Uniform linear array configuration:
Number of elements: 16
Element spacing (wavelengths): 0.75
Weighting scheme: exponential
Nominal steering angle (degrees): -45
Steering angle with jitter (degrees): -45.643
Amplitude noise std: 0.05
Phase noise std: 0.05

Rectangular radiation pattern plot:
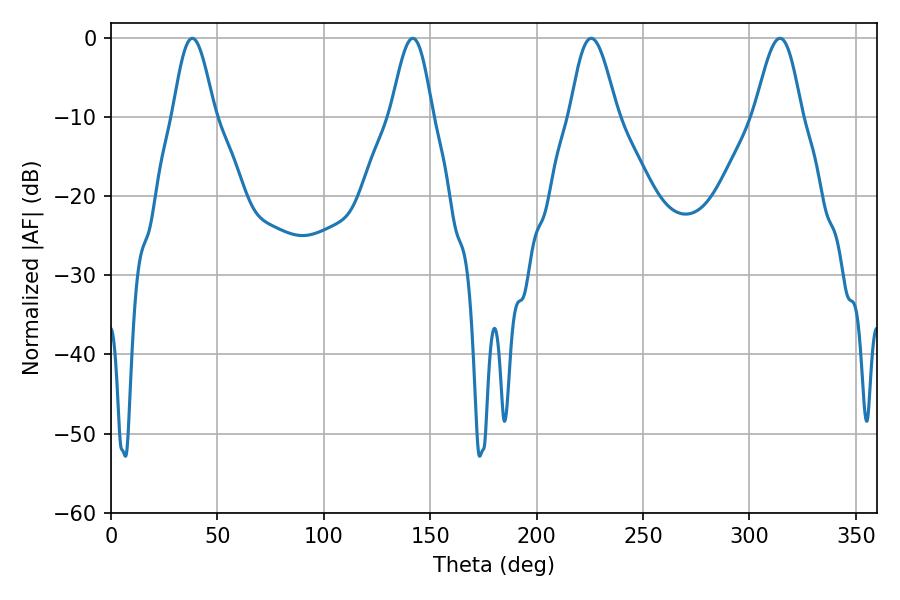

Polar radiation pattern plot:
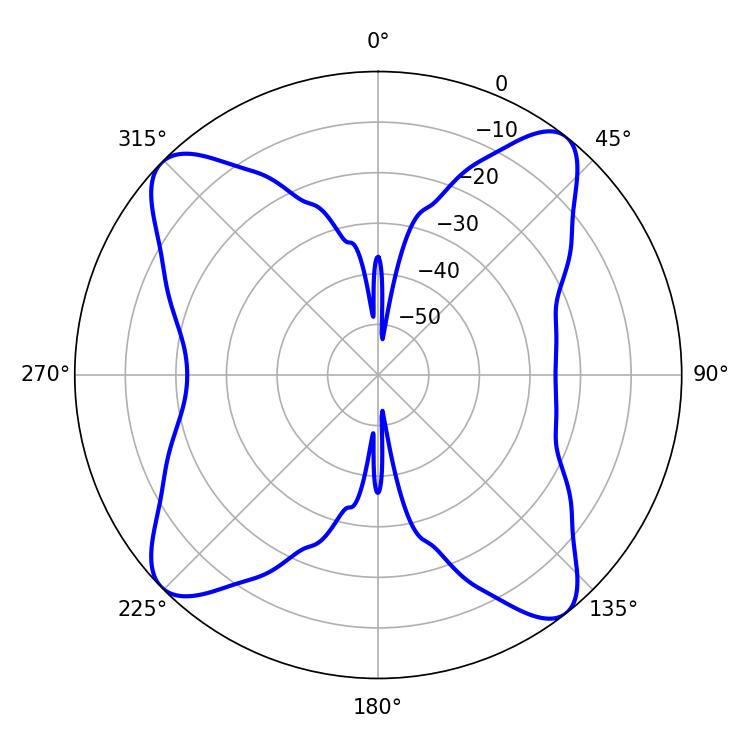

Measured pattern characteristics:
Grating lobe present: TRUE
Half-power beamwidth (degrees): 10.44
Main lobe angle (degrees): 38.16